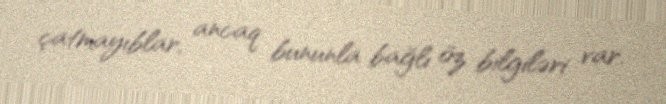
çatmayıblar, ancaq bununla bağlı öz bilgiləri var.